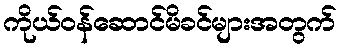
ကိုယ်ဝန်ဆောင်မိခင်များအတွက်